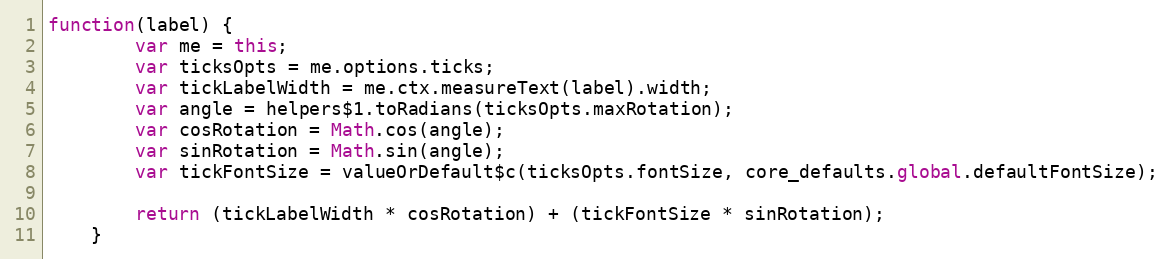
Language: JavaScript
function(label) {
		var me = this;
		var ticksOpts = me.options.ticks;
		var tickLabelWidth = me.ctx.measureText(label).width;
		var angle = helpers$1.toRadians(ticksOpts.maxRotation);
		var cosRotation = Math.cos(angle);
		var sinRotation = Math.sin(angle);
		var tickFontSize = valueOrDefault$c(ticksOpts.fontSize, core_defaults.global.defaultFontSize);

		return (tickLabelWidth * cosRotation) + (tickFontSize * sinRotation);
	}